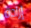
إرادة